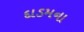
દાડમના